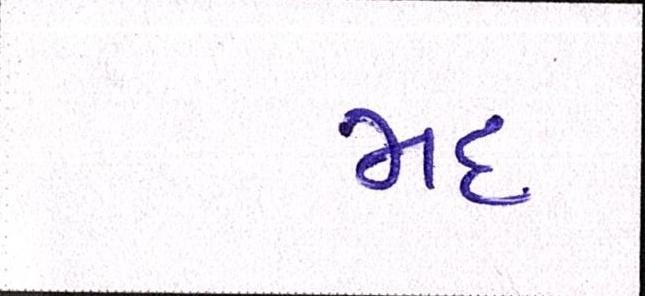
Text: મદ